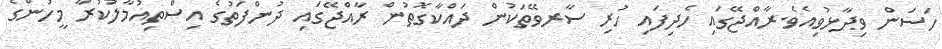
ހަސަން ވިދާޅުވިއެވެ.ރާއްޖޭގައި ހެދިފައި ހުރި ސާރވޭތަކުން ދައްކާގޮތުން ރާއްޖޭގައި ދުންފަތުގެ އިސްތިއުމާލުކުރާ މީހުންގެ